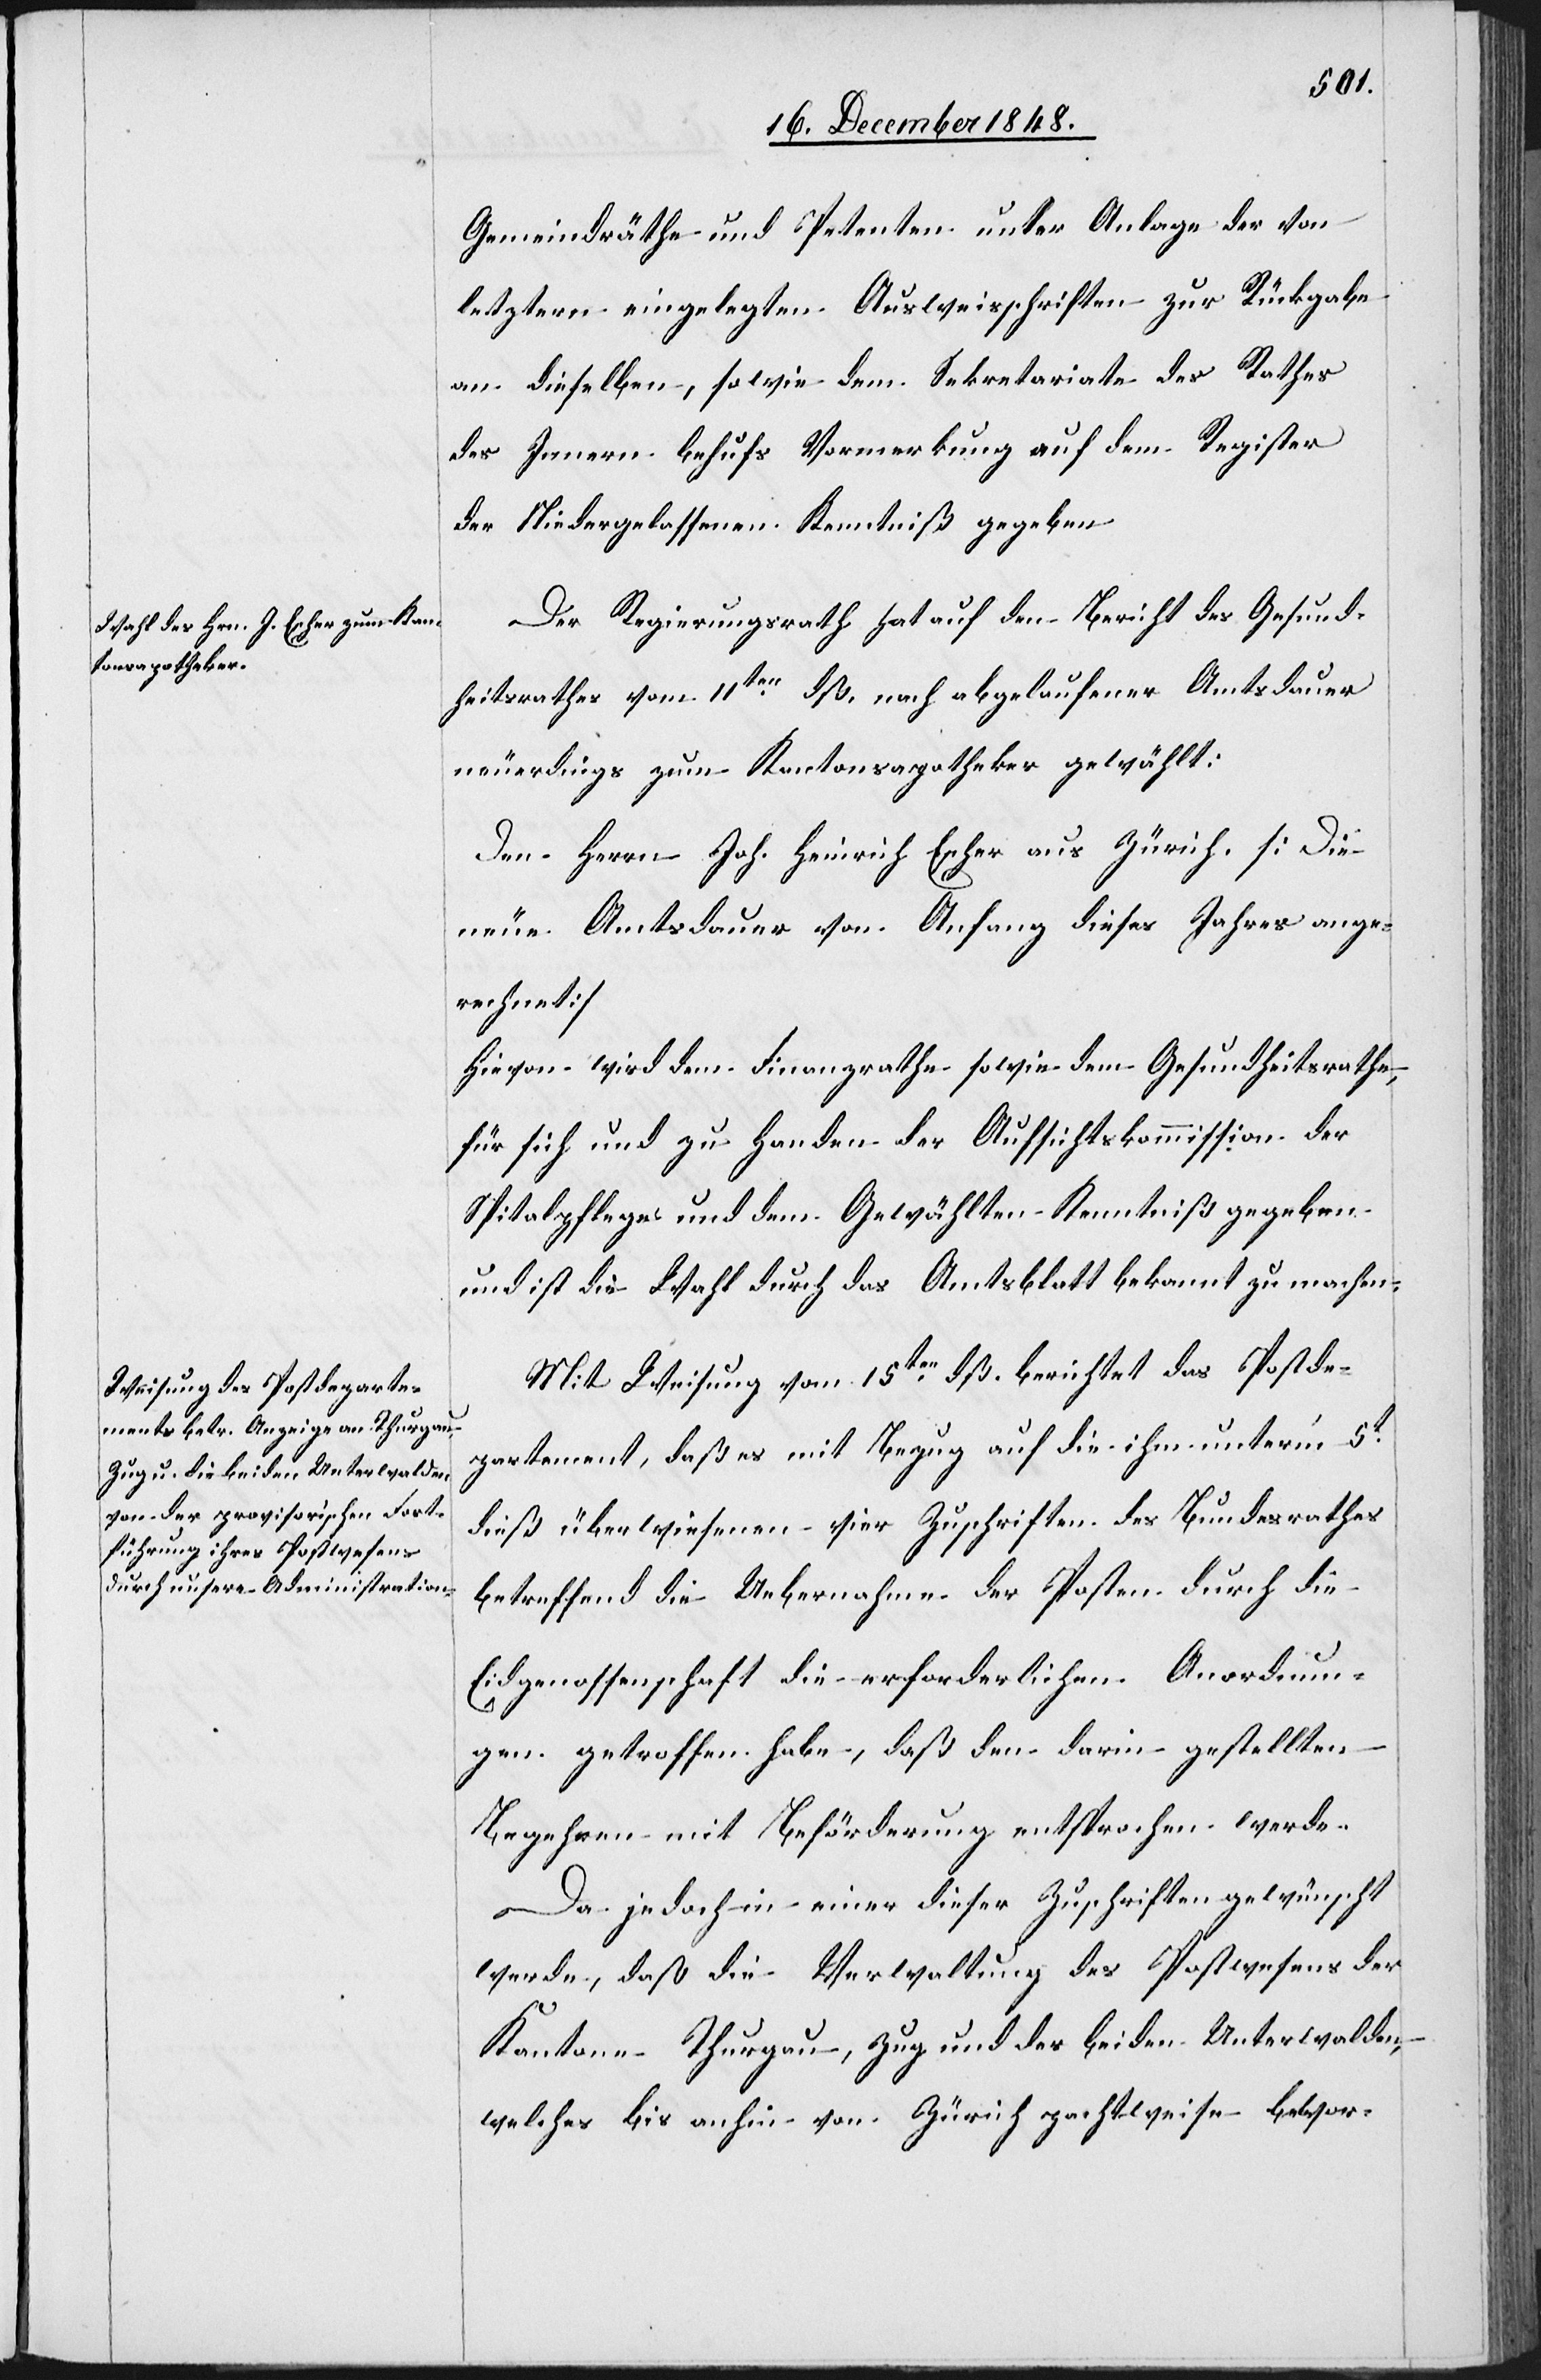
Gemeindräthe und Petenten unter Anlage der von
letztern eingelegten Ausweisschriften zur Rückgabe
an dieselben, sowie dem Sekretariate des Rathes
des Innern behufs Vormerkung auf dem Register
der Niedergelassenen Kenntniß gegeben.
Der Regierungsrath hat auf den Bericht des Gesund¬
heitsrathes vom 11ten dß. nach abgelaufener Amtsdauer
neuerdings zum Kantonsapotheker gewählt:
Den Herrn Joh. Heinrich Escher aus Zürich. [Die
neue Amtsdauer von Anfang dieses Jahres ange¬
rechnet]
Hievon wird dem Finanzrathe sowie dem Gesundheitsrathe,
für sich und zu Handen der Aufsichtskommission der
Spitalpflege und dem Gewählten Kenntniß gegeben
und ist die Wahl durch das Amtsblatt bekannt zu machen.
Mit Weisung vom 15ten dß. berichtet das Postde¬
partement, daß es mit Bezug auf die unter’m 5t
dieß überwiesenen vier Zuschriften des Bundesrathes
betreffend die Uebernahme der Posten durch die
Eidgenossenschaft die erforderlichen Anordnun¬
gen getroffen habe, daß den darin gestellten
Begehren mit Beförderung entsprochen werde.
Da jedoch in einer dieser Zuschriften gewünscht
werde, daß die Verwaltung des Postwesens der
Kantone Thurgau, Zug und der beiden Unterwalden,
welches bis anhin von Zürich pachtweise bewor-